NAE_EAA_T-354_Tartu_Tamme_Gumnaasium, lk 102
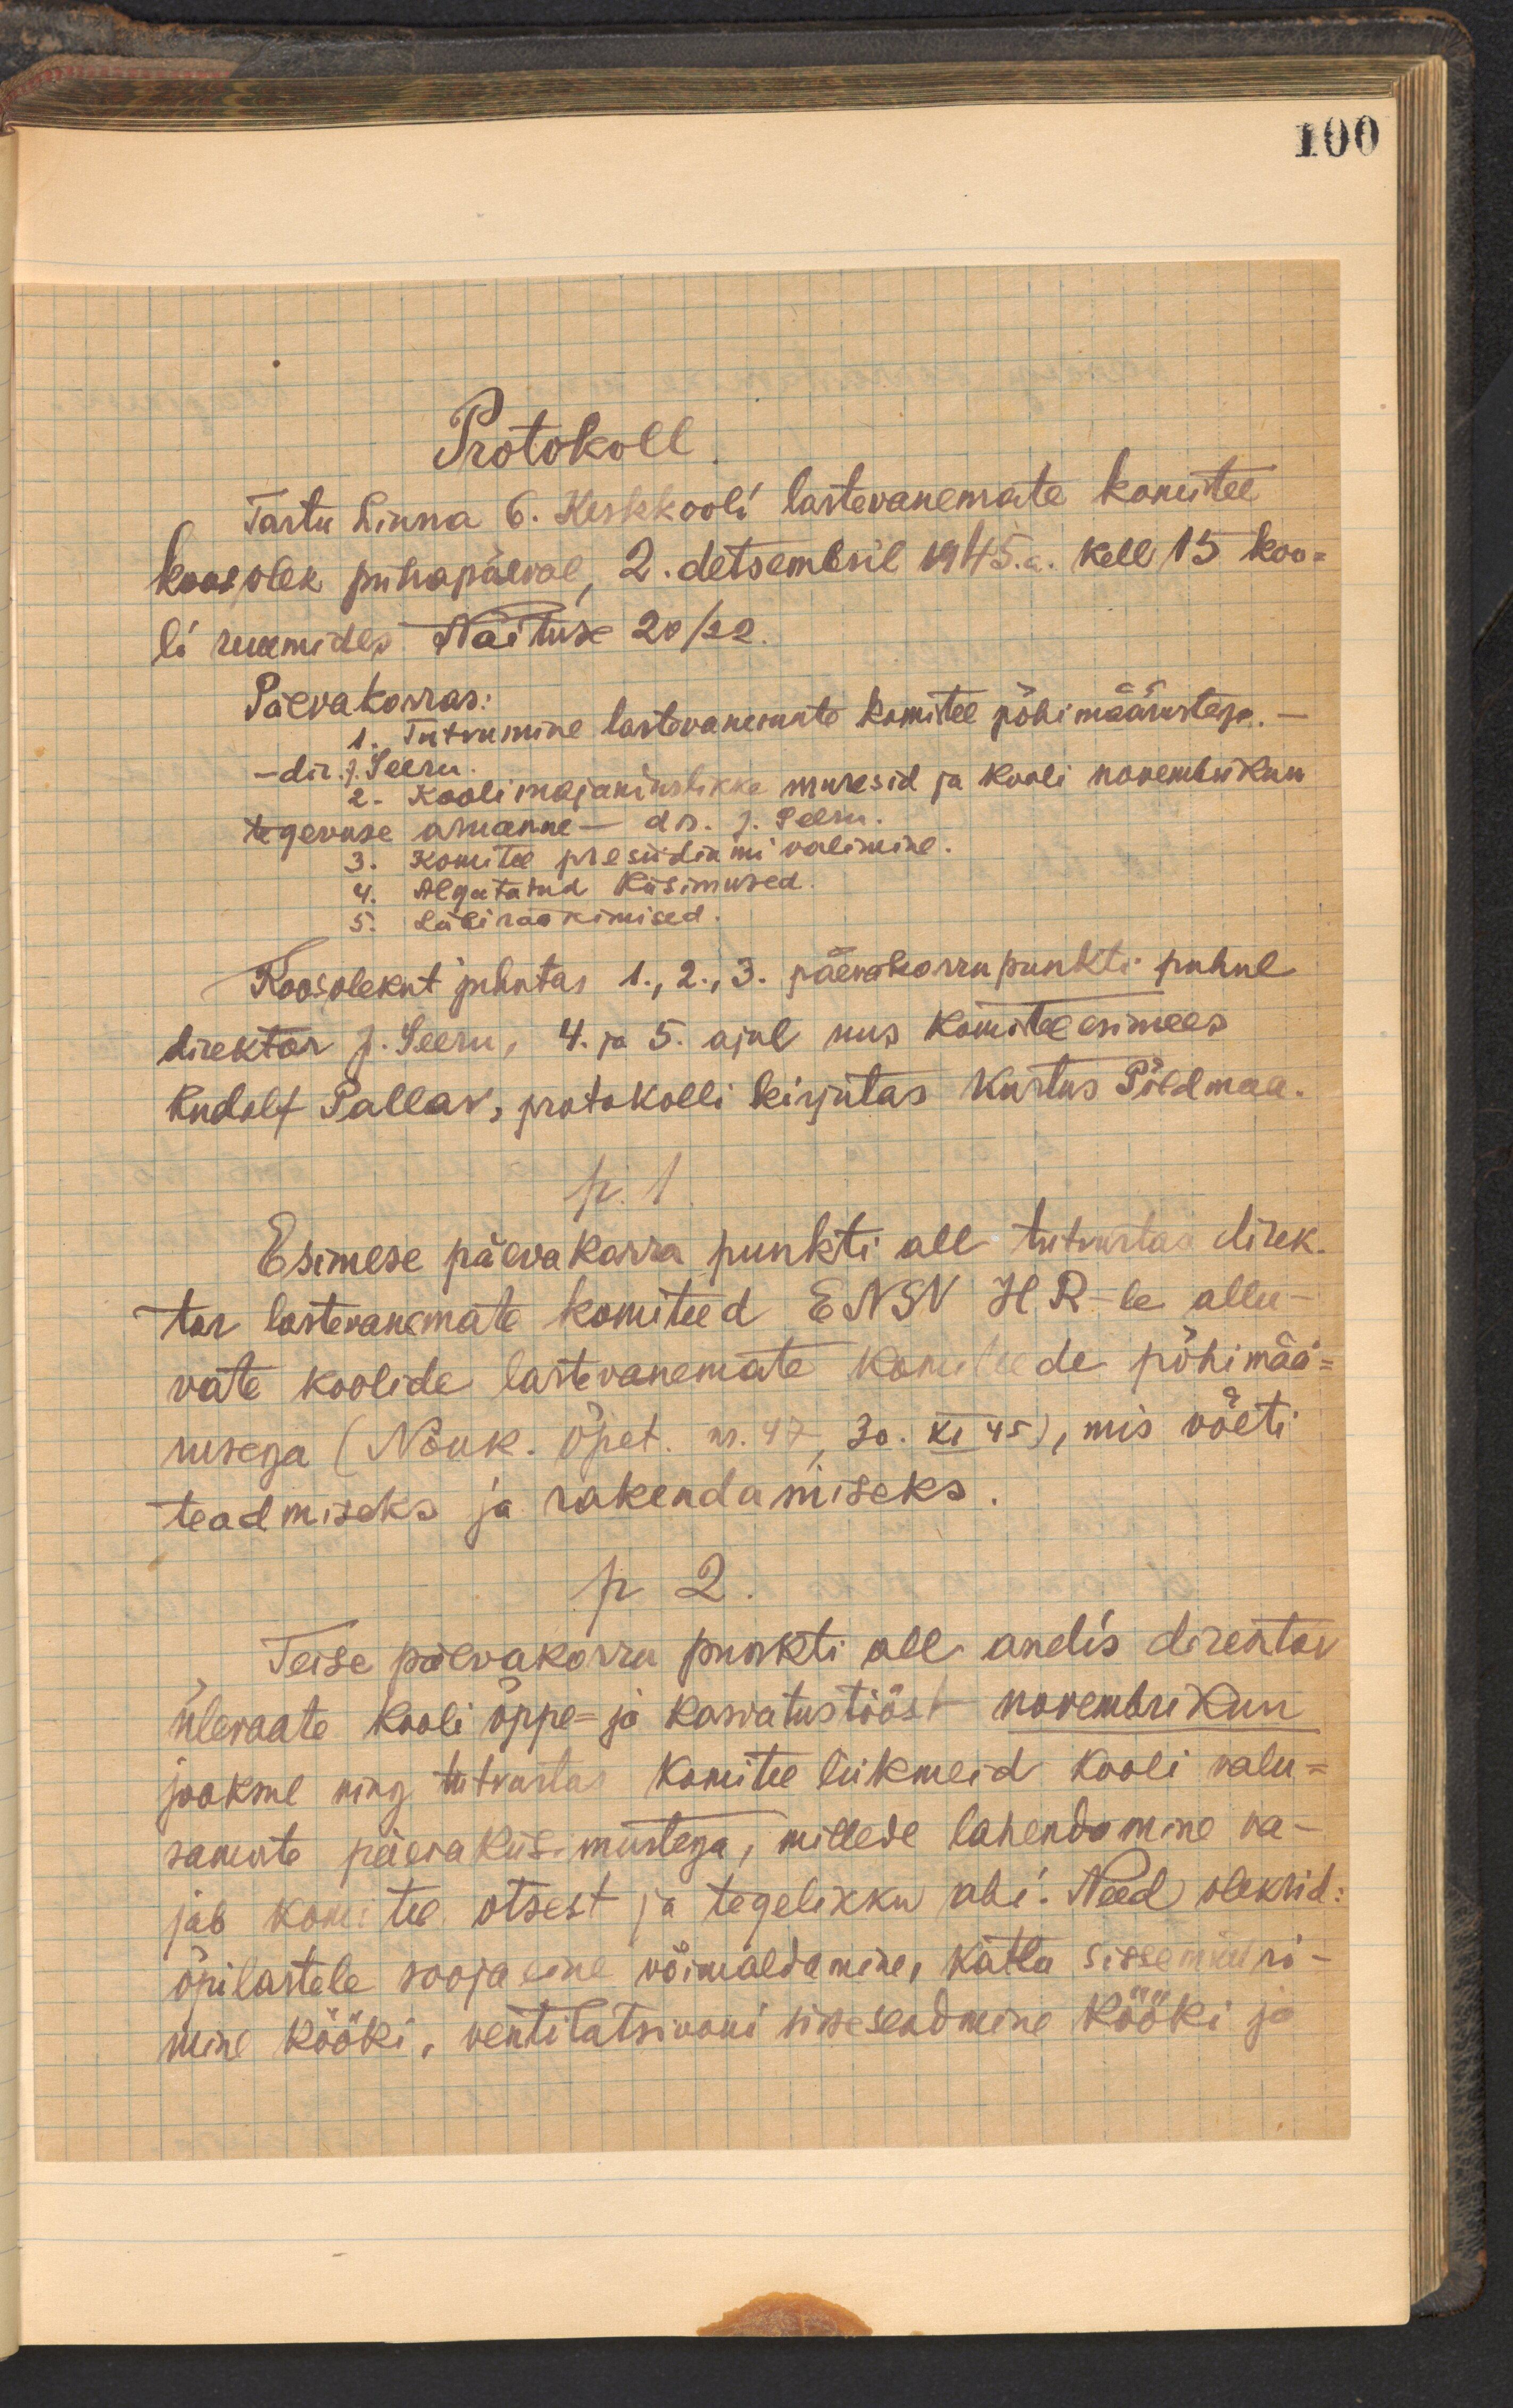
100

Protokoll
Tartu Linna 6. Keskkooli lastevanemate komitee
koosolek pühapäeval, 2. detsembril 1945. kell 15 koo-
li ruumides Näituse 20/22
Päevakorras:
1. Tutvumine lastevanemate komitee põhimäärustega.-
-dir. J. Seeru
2. Kooli majanduslikke muresid ja kooli novembrikuu
tegevuse aruanne - dr. J. Seeru.
3. Komitee presiidiumi valimine.
4. Algatatud küsimused
5. Läbirääkimised.
Koosolekut juhatas 1.,2., 3. päevakorrapunkti puhul
direktor J. Seeru, 4. ja 5. ajal uus komitee esimees
Rudolf Pallav, protokolli kirjutas Kustas Põldmaa.
p. 1
Esimese päevakorra punkti all tutvustas direk.
tor lastevanemate komiteed ENSV HR -le allu-
vate koolide lastvanemate komiteede põhimää-
rusega (Nõuk. Õpet nr. 47, 30. XI 45), mis võeti
teadmiseks ja rakendamiseks.
p. 2
Teise päevakorra punkti all andis direktor
ülevaate kooli õppe- ja kasvatustööst novembrikuu
jooksul ning tutvastas komitee liikmeid kooli valu-
samate päevaküsimustega, millede lahendamine va-
jab komitee otsest ja tegelikku abi. Need oleksid:
õpilastele sooja eine võimaldamine, katla sissemüüri-
mine kööki, ventilatsiooni sisseseadmine kööki ja